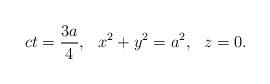
LaTeX: \begin{align*}ct = \frac{3a}{4},\,\,\,\, x^2 + y^2 = a^2,\,\,\,\, z = 0.\end{align*}